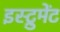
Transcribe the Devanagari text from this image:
इस्ट्रुमेंट